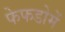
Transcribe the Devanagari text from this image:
फेफडोमें